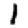
Digit: 1